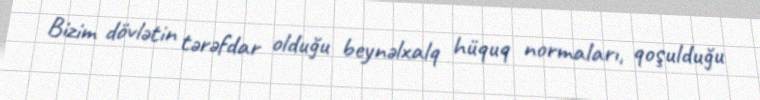
Bizim dövlətin tərəfdar olduğu beynəlxalq hüquq normaları, qoşulduğu